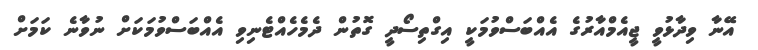
އޭނާ ވިދާޅުވީ ޖީއެމްއާރުގެ އެއްބަސްވުމަކީ އިގްތިސޯދީ ގޮތުން ދެމެހެއްޓެނިވި އެއްބަސްވުމަކަށް ނުވާނެ ކަމަށް